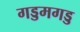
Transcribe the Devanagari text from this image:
गड्डमगड्ड